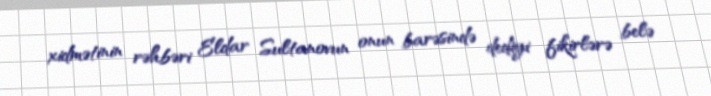
xidmətinin rəhbəri Eldar Sultanovun onun barəsində dediyi fikirlərə belə